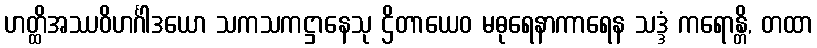
ဟတ္ထိအဿဝိဟင်္ဂါဒယော သကသကဋ္ဌာနေသု ဌိတာယေဝ မဓုရေနာကာရေန သဒ္ဒံ ကရောန္တိ, တထာ